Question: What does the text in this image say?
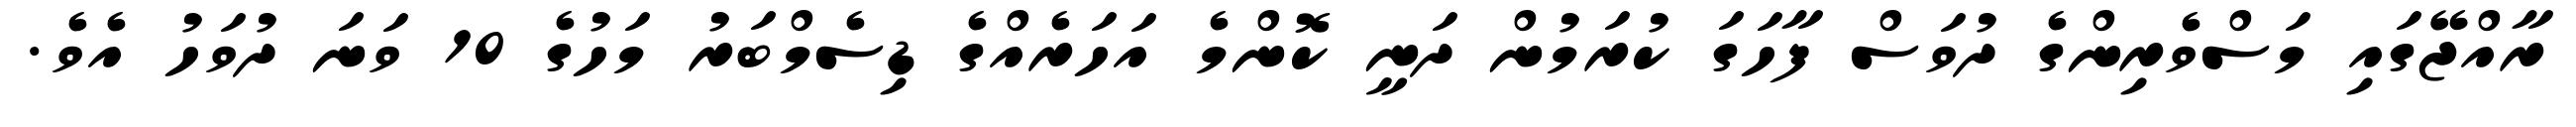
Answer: ރާއްޖޭގައި މަސްވެރިންގެ ދުވަސް ފާހަގަ ކުރަމުން ދަނީ ކޮންމެ އަހަރެއްގެ ޑިސެމްބަރު މަހުގެ 10 ވަނަ ދުވަހު އެވެ.